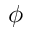
\phi